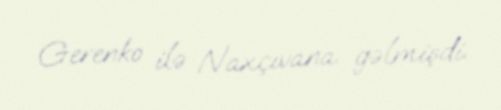
Gerenko ilə Naxçıvana gəlmişdi.